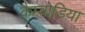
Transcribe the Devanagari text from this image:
कैम्बोडिया